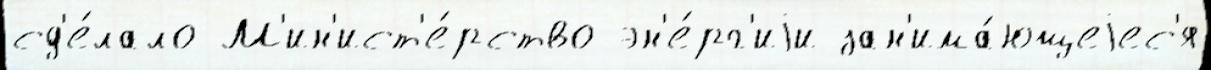
сд'е́лало М'ин'ист'е́рство эн'е́рг'иjи зан'има́ющеjес'я